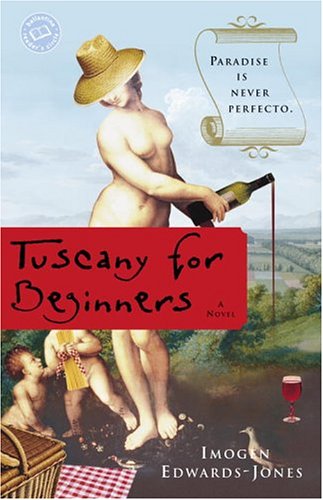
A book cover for Tuscany for Beginners: A Novel; Imoge Edwards-Jones; Literature & Fiction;